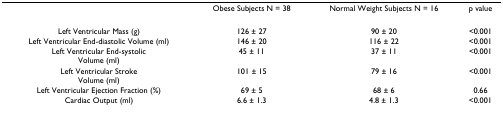
<table><thead><tr><td></td><td><b>Obese Subjects N = 38</b></td><td><b>Normal Weight Subjects N = 16</b></td><td><b>p value</b></td></tr></thead><tbody><tr><td>Left Ventricular Mass (g)</td><td>126 ± 27</td><td>90 ± 20</td><td>&lt;0.001</td></tr><tr><td>Left Ventricular End-diastolic Volume (ml)</td><td>146 ± 20</td><td>116 ± 22</td><td>&lt;0.001</td></tr><tr><td>Left Ventricular End-systolicVolume (ml)</td><td>45 ± 11</td><td>37 ± 11</td><td>&lt;0.001</td></tr><tr><td>Left Ventricular StrokeVolume (ml)</td><td>101 ± 15</td><td>79 ± 16</td><td>&lt;0.001</td></tr><tr><td>Left Ventricular Ejection Fraction (%)</td><td>69 ± 5</td><td>68 ± 6</td><td>0.66</td></tr><tr><td>Cardiac Output (ml)</td><td>6.6 ± 1.3</td><td>4.8 ± 1.3</td><td>&lt;0.001</td></tr></tbody></table>